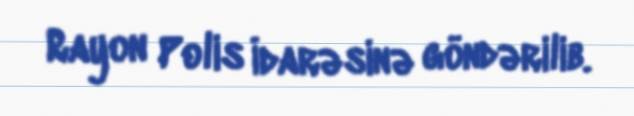
Rayon Polis İdarəsinə göndərilib.